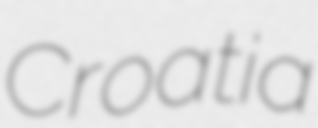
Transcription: Croatia